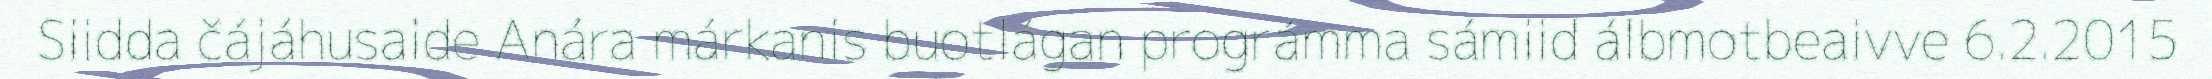
Siidda čájáhusaide Anára márkanis buotlágan prográmma sámiid álbmotbeaivve 6.2.2015